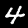
Digit: 4